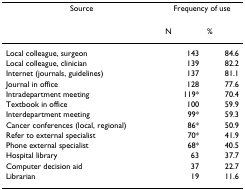
<table><thead><tr><td><b>Source</b></td><td colspan="2"><b>Frequency of use</b></td></tr></thead><tbody><tr><td></td><td>N</td><td>%</td></tr><tr><td>Local colleague, surgeon</td><td>143</td><td>84.6</td></tr><tr><td>Local colleague, clinician</td><td>139</td><td>82.2</td></tr><tr><td>Internet (journals, guidelines)</td><td>137</td><td>81.1</td></tr><tr><td>Journal in office</td><td>128</td><td>77.6</td></tr><tr><td>Intradepartment meeting</td><td>119*</td><td>70.4</td></tr><tr><td>Textbook in office</td><td>100</td><td>59.9</td></tr><tr><td>Interdepartment meeting</td><td>99*</td><td>59.3</td></tr><tr><td>Cancer conferences (local, regional)</td><td>86*</td><td>50.9</td></tr><tr><td>Refer to external specialist</td><td>70*</td><td>41.9</td></tr><tr><td>Phone external specialist</td><td>68*</td><td>40.5</td></tr><tr><td>Hospital library</td><td>63</td><td>37.7</td></tr><tr><td>Computer decision aid</td><td>37</td><td>22.7</td></tr><tr><td>Librarian</td><td>19</td><td>11.6</td></tr></tbody></table>